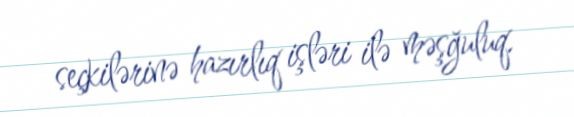
seçkilərinə hazırlıq işləri ilə məşğuluq.